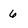
Character: 6